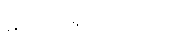
ဓာတ်ပုံရိုက်ကြသည်